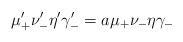
LaTeX: \begin{align*}\mu'_+ \nu'_- \eta' \gamma'_- = a \mu_+ \nu_- \eta \gamma_-\end{align*}